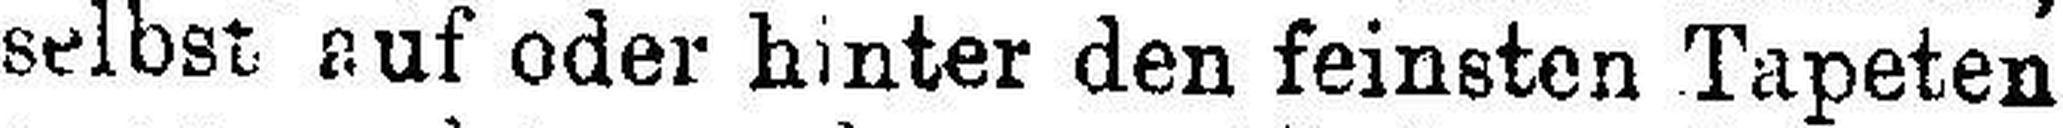
selbst auf oder hinter den feinsten Tapeten